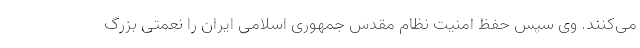
می‌کنند. وی سپس حفظ امنیت نظام مقدس جمهوری اسلامی ایران را نعمتی بزرگ